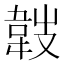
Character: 𩎢